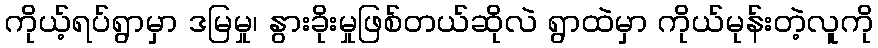
ကိုယ့်ရပ်ရွာမှာ ဒမြမှု၊ နွားခိုးမှုဖြစ်တယ်ဆိုလဲ ရွာထဲမှာ ကိုယ်မုန်းတဲ့လူကို